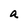
Character: a